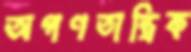
অগণতান্ত্রিক